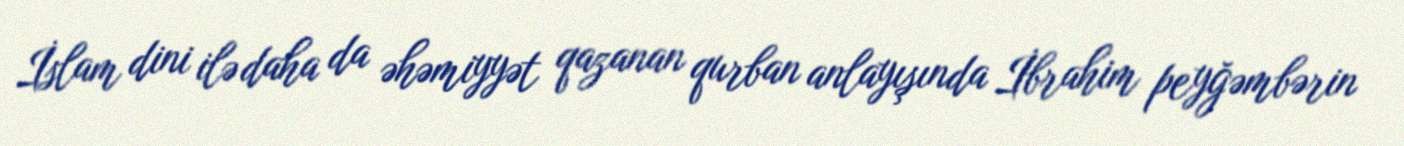
İslam dini ilə daha da əhəmiyyət qazanan qurban anlayışında İbrahim peyğəmbərin